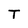
Character: T